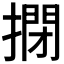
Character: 𢲾